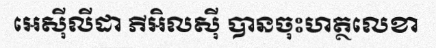
អេស៊ីលីដា ភីអិលស៊ី បានចុះហត្ថលេខា